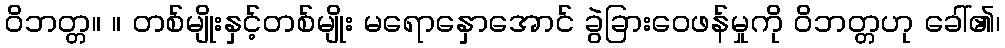
ဝိဘတ္တ။ ။ တစ်မျိုးနှင့်တစ်မျိုး မရောနှောအောင် ခွဲခြားဝေဖန်မှုကို ဝိဘတ္တဟု ခေါ်၏၊